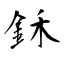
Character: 鉌